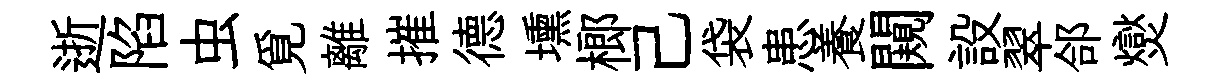
逝陷虫覓離摧德壎榔己袋患養闚設翠郃爕